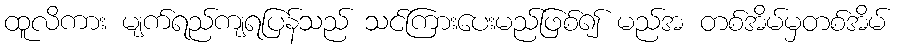
ထူလိကား မျက်ရည်ကျရပြန်သည် သင်ကြားပေးမည်ဖြစ်၍ မည်အ တစ်အိမ်မှတစ်အိမ်